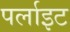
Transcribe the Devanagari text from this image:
पर्लाइट